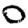
Digit: 0